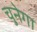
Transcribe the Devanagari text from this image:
चुनेगा